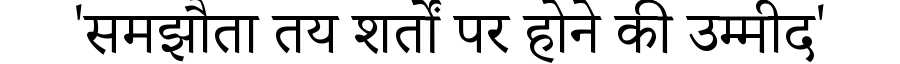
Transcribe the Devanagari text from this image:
'समझौता तय शर्तों पर होने की उम्मीद'